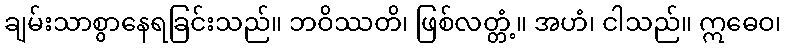
ချမ်းသာစွာနေရခြင်းသည်။ ဘဝိဿတိ၊ ဖြစ်လတ္တံ့။ အဟံ၊ ငါသည်။ ဣဓေဝ၊